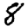
Digit: 8